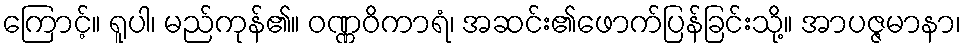
ကြောင့်။ ရူပါ၊ မည်ကုန်၏။ ဝဏ္ဏဝိကာရံ၊ အဆင်း၏ဖောက်ပြန်ခြင်းသို့။ အာပဇ္ဇမာနာ၊